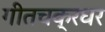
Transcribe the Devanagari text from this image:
गीतचक्रधर